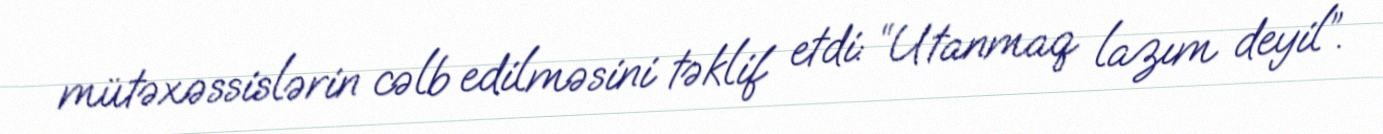
mütəxəssislərin cəlb edilməsini təklif etdi: “Utanmaq lazım deyil”.